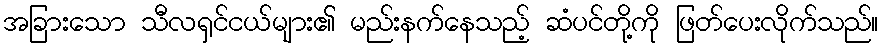
အခြားသော သီလရှင်ငယ်များ၏ မည်းနက်နေသည့် ဆံပင်တို့ကို ဖြတ်ပေးလိုက်သည်။